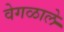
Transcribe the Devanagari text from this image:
वेगळाले